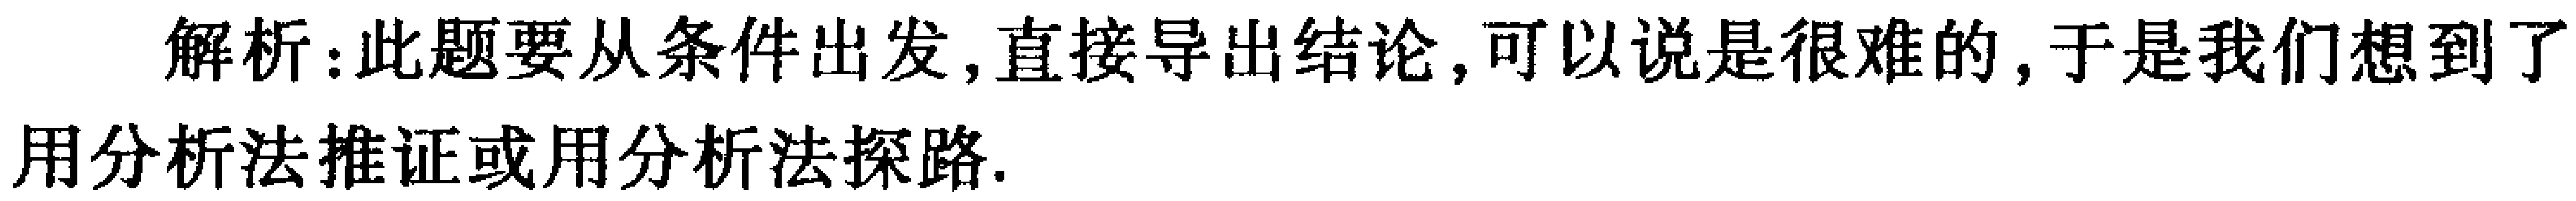
解析：此题要从条件出发,直接导出结论,可以说是很难的,于是我们想到了用分析法推证或用分析法探路.